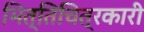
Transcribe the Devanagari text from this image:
भित्तिचित्रकारी